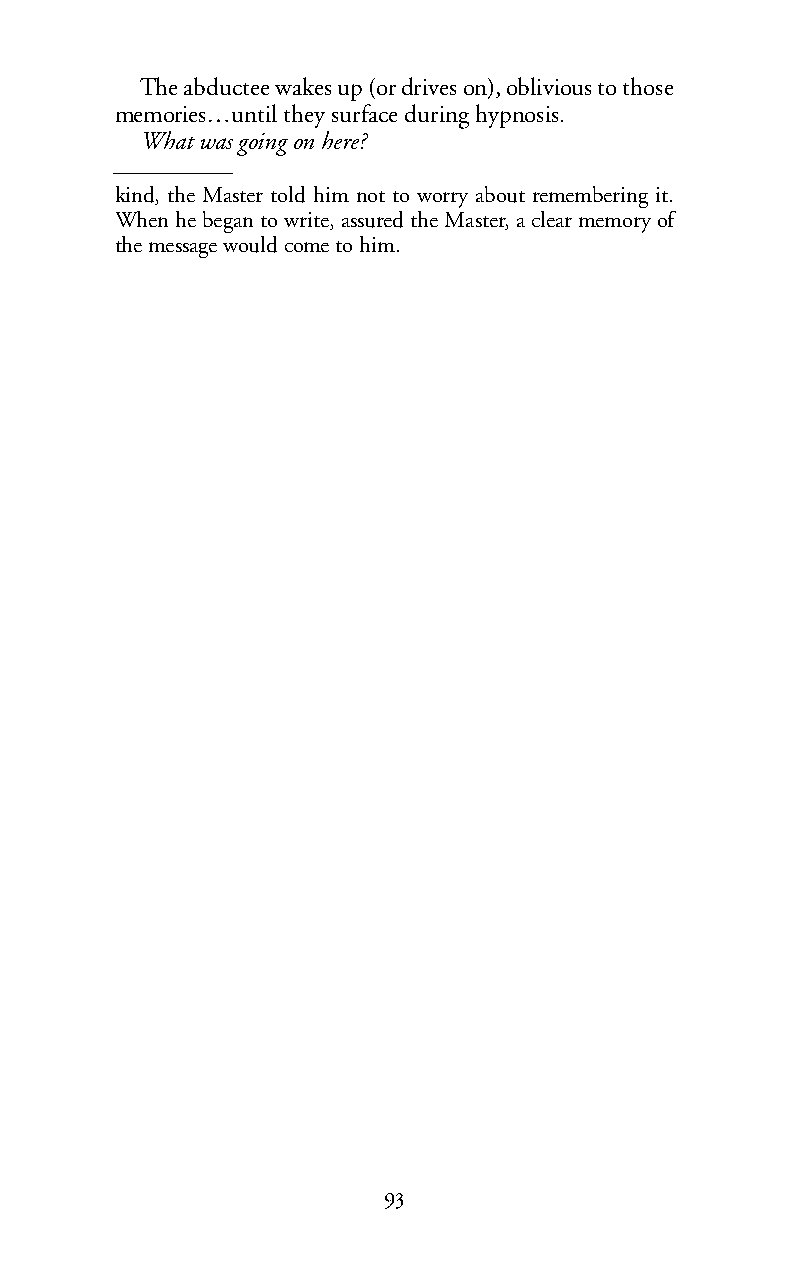
The abductee wakes up (or drives on), oblivious to those
 memories…until they surface during hypnosis.
 What was going on here?
 kind, the Master told him not to worry about remembering it.
 When he began to write, assured the Master, a clear memory of
 the message would come to him.
 